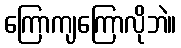
ကြောကျကြောလိုဘဲ။